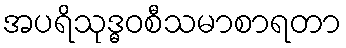
အပရိသုဒ္ဓဝစီသမာစာရတာ